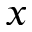
x